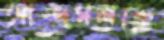
আজমলকে